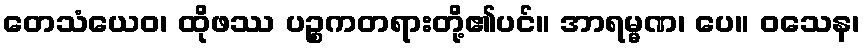
တေသံယေဝ၊ ထိုဖဿ ပဉ္စကတရားတို့၏ပင်။ အာရမ္မဏ၊ ပေ။ ဝသေန၊